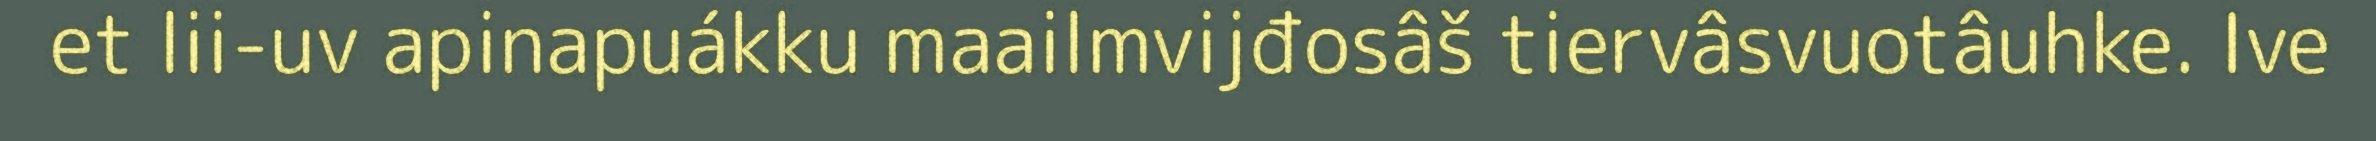
et lii-uv apinapuákku maailmvijđosâš tiervâsvuotâuhke. Ive